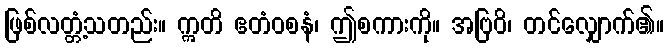
ဖြစ်လတ္တံ့သတည်း။ ဣတိ ဧတံဝစနံ၊ ဤစကားကို။ အဗြဝိ၊ တင်လျှောက်၏။